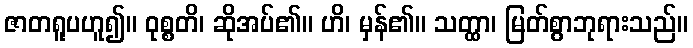
ဇာတရူပဟူ၍။ ဝုစ္စတိ၊ ဆိုအပ်၏။ ဟိ၊ မှန်၏။ သတ္ထာ၊ မြတ်စွာဘုရားသည်။